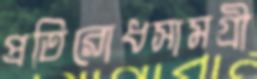
প্রতিরোধসামগ্রী